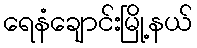
ရေနံချောင်းမြို့နယ်